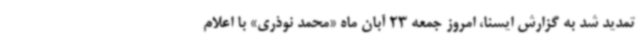
تمدید شد به گزارش ایسنا، امروز جمعه 23 آبان ماه «محمد نوذری» با اعلام